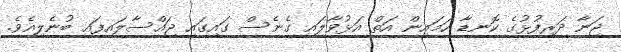
ޖަނާ ދަރިފުޅުގެ ކޮނޑާ ހަމައިން އަތް އަޅުވާލައި ގެނެސް ގައިގައި ޖައްސާލައިފައި ބުނެލިއެވެ.